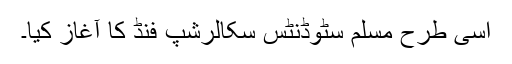
اسی طرح مسلم سٹوڈنٹس سکالرشپ فنڈ کا آغاز کیا۔